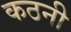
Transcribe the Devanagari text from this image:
कठनी